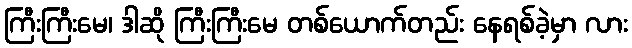
ကြီးကြီးမေ၊ ဒါဆို ကြီးကြီးမေ တစ်ယောက်တည်း နေရစ်ခဲ့မှာ လား